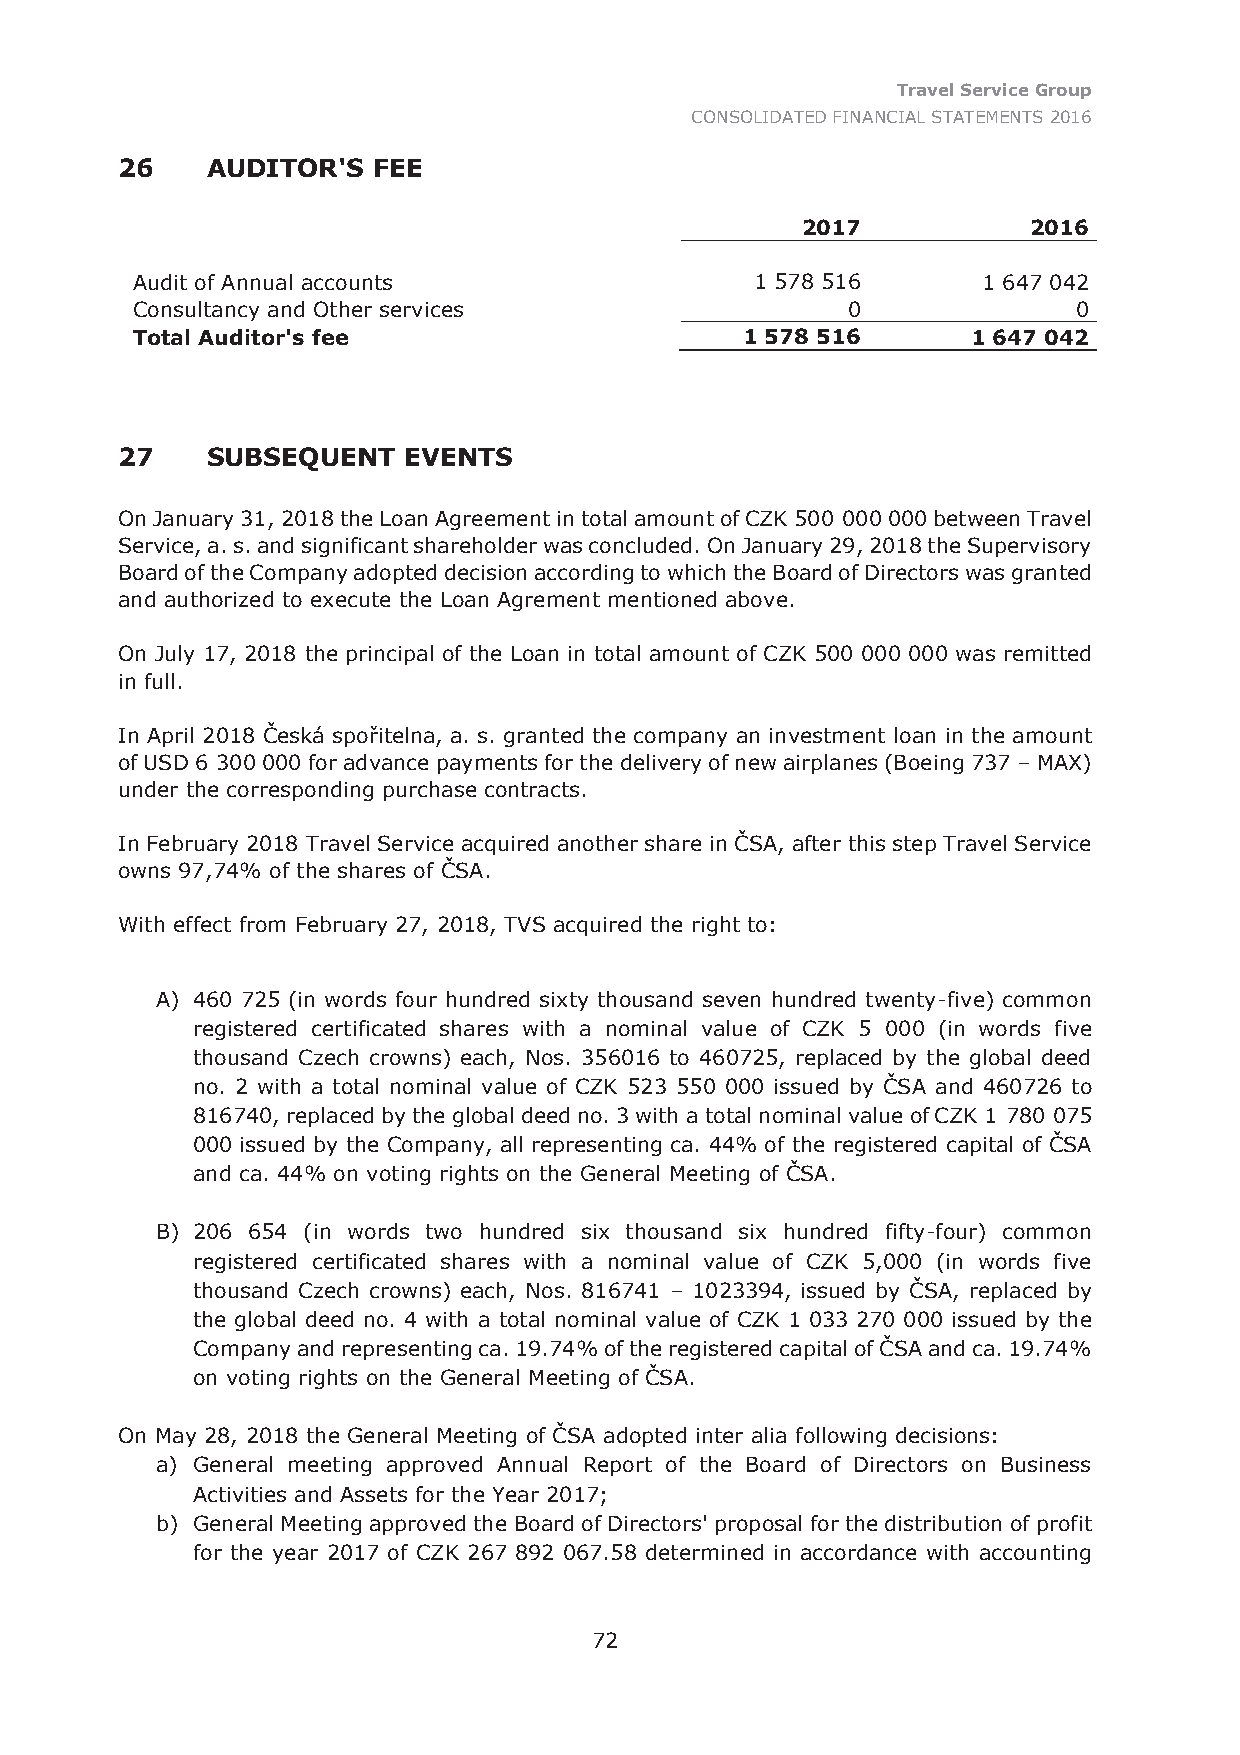
Travel Service Group
 CONSOLIDATED FINANCIAL STATEMENTS 2016
 26    AUDITOR'S  FEE
 2017           2016
 Audit of Annual accounts                 1 578 516      1 647 042
 Consultancy and Other services                 0              0
 Total Auditor's fee                     1 578 516      1 647 042
 27    SUBSEQUENT   EVENTS
 On January 31, 2018 the Loan Agreement in total amount of CZK 500 000 000 between Travel
 Service, a. s. and significant shareholder was concluded. On January 29, 2018 the Supervisory
 Board of the Company adopted decision according to which the Board of Directors was granted
 and authorized to execute the Loan Agrement mentioned above.
 On July 17, 2018 the principal of the Loan in total amount of CZK 500 000 000 was remitted
 in full.
 In April 2018 Česká spořitelna, a. s. granted the company an investment loan in the amount
 of USD 6 300 000 for advance payments for the delivery of new airplanes (Boeing 737 – MAX)
 under the corresponding purchase contracts.
 In February 2018 Travel Service acquired another share in ČSA, after this step Travel Service
 owns 97,74% of the shares of ČSA.
 With effect from February 27, 2018, TVS acquired the right to:
 A) 460 725 (in words four hundred sixty thousand seven hundred twenty-five) common
 registered certificated shares with a nominal value of CZK 5 000 (in words five
 thousand Czech crowns) each, Nos. 356016 to 460725, replaced by the global deed
 no. 2 with a total nominal value of CZK 523 550 000 issued by ČSA and 460726 to
 816740, replaced by the global deed no. 3 with a total nominal value of CZK 1 780 075
 000 issued by the Company, all representing ca. 44% of the registered capital of ČSA
 and ca. 44% on voting rights on the General Meeting of ČSA.
 B) 206 654 (in words two hundred six thousand six hundred fifty-four) common
 registered certificated shares with a nominal value of CZK 5,000 (in words five
 thousand Czech crowns) each, Nos. 816741 – 1023394, issued by ČSA, replaced by
 the global deed no. 4 with a total nominal value of CZK 1 033 270 000 issued by the
 Company and representing ca. 19.74% of the registered capital of ČSA and ca. 19.74%
 on voting rights on the General Meeting of ČSA.
 On May 28, 2018 the General Meeting of ČSA adopted inter alia following decisions:
 a) General meeting approved Annual Report of the Board of Directors on Business
 Activities and Assets for the Year 2017;
 b) General Meeting approved the Board of Directors' proposal for the distribution of profit
 for the year 2017 of CZK 267 892 067.58 determined in accordance with accounting
 72